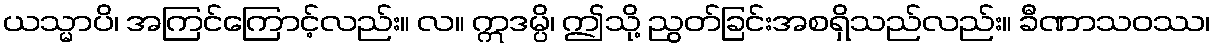
ယသ္မာပိ၊ အကြင်ကြောင့်လည်း။ လ။ ဣဒမ္ပိ၊ ဤသို့ ညွတ်ခြင်းအစရှိသည်လည်း။ ခီဏာသဝဿ၊